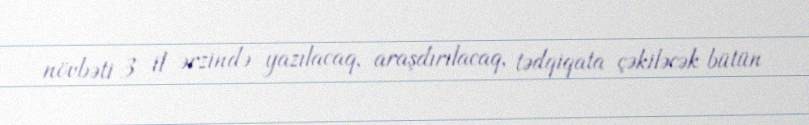
növbəti 3 il ərzində yazılacaq, araşdırılacaq, tədqiqata çəkiləcək bütün